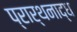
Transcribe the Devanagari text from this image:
प्रार्थनाद्ध